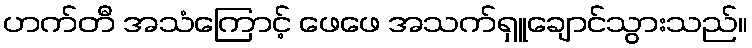
ဟက်တီ အသံကြောင့် ဖေဖေ အသက်ရှူချောင်သွားသည်။